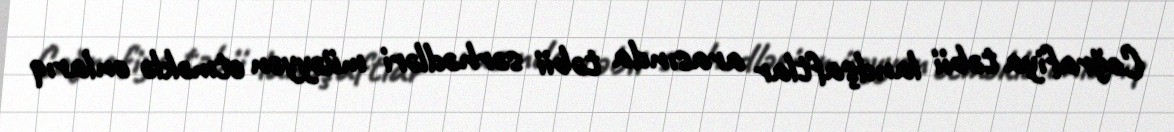
Coğrafiya təbii landşaftlar arasında təbii sərhədləri müəyyən etməklə onlarıq